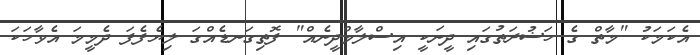
އެކަމަކު "މާތް ގެ ހަޟުރަތުގައި ދީނަކީ އިސްލާމްދީނެއް" ފޮތިގަނޑެއްގަ ލިޔެފެފަ ދެމީމަ އެވާހަކަ